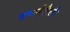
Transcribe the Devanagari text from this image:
वणर्नशैली